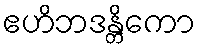
ဧဟိဘဒန္တိကော